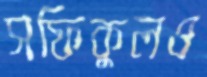
সফিকুলও